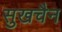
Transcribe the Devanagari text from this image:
सुखचैन